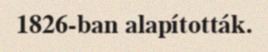
1826-ban alapították.